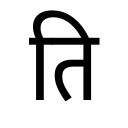
OCR:
ति